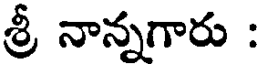
శ్రీ నాన్నగారు :